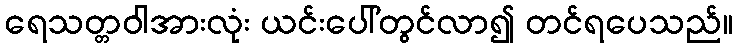
ရေသတ္တဝါအားလုံး ယင်းပေါ်တွင်လာ၍ တင်ရပေသည်။